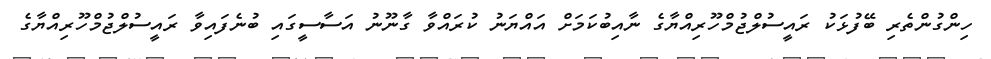
ހިންގުންތެރި ބޭފުޅަކު ރައީސުލްޖުމްހޫރިއްޔާގެ ނާއިބުކަމަށް އައްޔަނު ކުރައްވާ ގާނޫނު އަސާސީގައި ބުނެފައިވާ ރައީސުލްޖުމްހޫރިއްޔާގެ